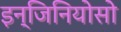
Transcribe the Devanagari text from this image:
इन्जिनियोसो